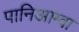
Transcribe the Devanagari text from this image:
पानिआग्वा